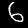
Digit: 6